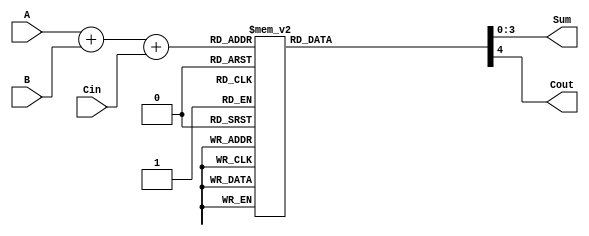
module BCD_LUT_Adder (
    input  wire [3:0] A,    // First BCD digit
    input  wire [3:0] B,    // Second BCD digit
    input  wire Cin,        // Carry-in
    output reg  [3:0] Sum,  // BCD Sum output
    output reg  Cout        // Carry-out
);

    // Internal wire for the binary sum
    wire [4:0] S; // 5 bits to accommodate carry
    assign S = A + B + Cin;

    // Look-Up Table for BCD correction
    always @(*) begin
        case (S)
            5'b00000: {Cout, Sum} = 5'b00000; // 0
            5'b00001: {Cout, Sum} = 5'b00001; // 1
            5'b00010: {Cout, Sum} = 5'b00010; // 2
            5'b00011: {Cout, Sum} = 5'b00011; // 3
            5'b00100: {Cout, Sum} = 5'b00100; // 4
            5'b00101: {Cout, Sum} = 5'b00101; // 5
            5'b00110: {Cout, Sum} = 5'b00110; // 6
            5'b00111: {Cout, Sum} = 5'b00111; // 7
            5'b01000: {Cout, Sum} = 5'b01000; // 8
            5'b01001: {Cout, Sum} = 5'b01001; // 9
            5'b01010: {Cout, Sum} = 5'b10000; // 10 -> 0, Cout=1
            5'b01011: {Cout, Sum} = 5'b10001; // 11 -> 1, Cout=1
            5'b01100: {Cout, Sum} = 5'b10010; // 12 -> 2, Cout=1
            5'b01101: {Cout, Sum} = 5'b10011; // 13 -> 3, Cout=1
            5'b01110: {Cout, Sum} = 5'b10100; // 14 -> 4, Cout=1
            5'b01111: {Cout, Sum} = 5'b10101; // 15 -> 5, Cout=1
            5'b10000: {Cout, Sum} = 5'b10110; // 16 -> 6, Cout=1
            5'b10001: {Cout, Sum} = 5'b10111; // 17 -> 7, Cout=1
            5'b10010: {Cout, Sum} = 5'b11000; // 18 -> 8, Cout=1
            5'b10011: {Cout, Sum} = 5'b11001; // 19 -> 9, Cout=1
            default:  {Cout, Sum} = 5'b00000; // Default case
        endcase
    end

endmodule